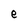
Character: e